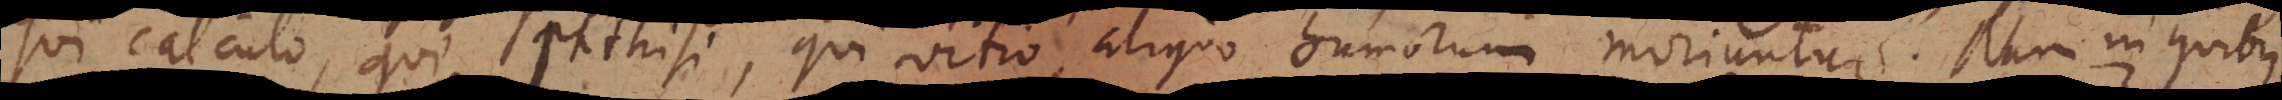
qui calculo, qui phthisi, qui vitio aliquo humorum moriuntur. Nam in quibus